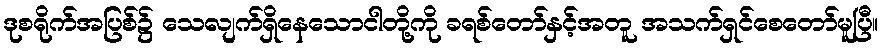
ဒုစရိုက်အပြစ်၌ သေလျက်ရှိနေသောငါတို့ကို ခရစ်တော်နှင့်အတူ အသက်ရှင်စေတော်မူပြီ။